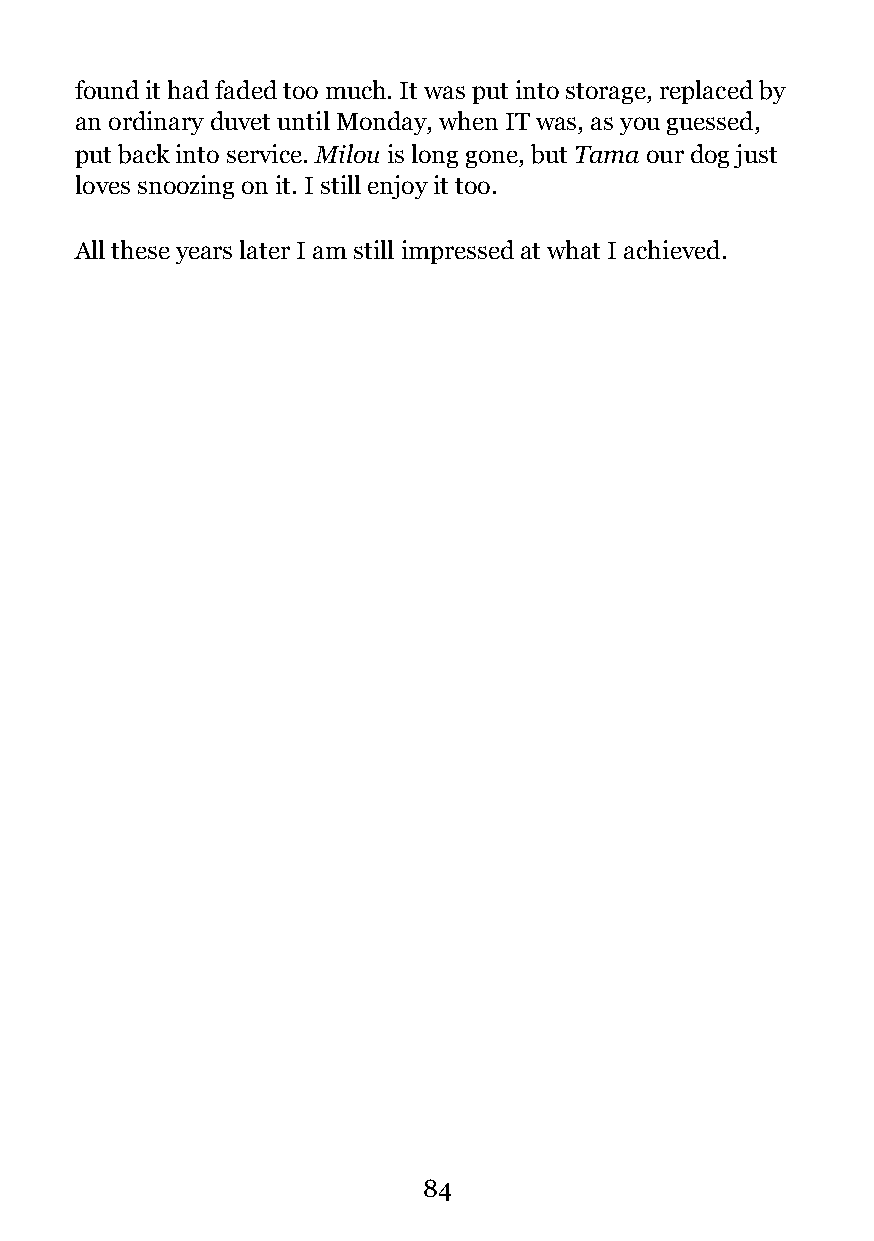
found it had faded too much. It was put into storage, replaced by
 an ordinary duvet until Monday, when IT was, as you guessed,
 put back into service. Milou is long gone, but Tama our dog just
 loves snoozing on it. I still enjoy it too.
 All these years later I am still impressed at what I achieved.
 !84